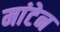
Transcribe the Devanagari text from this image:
मांटेन